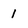
Character: 1